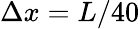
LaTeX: \Delta x=L/40